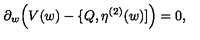
\partial _ { w } \Big ( V ( w ) - \{ Q , \eta ^ { ( 2 ) } ( w ) ] \Big ) = 0 ,